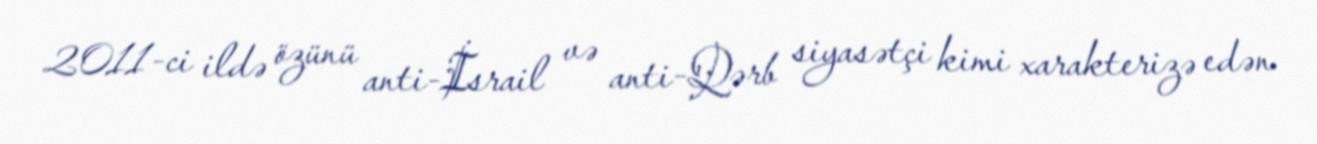
2011-ci ildə özünü anti-İsrail və anti-Qərb siyasətçi kimi xarakterizə edən